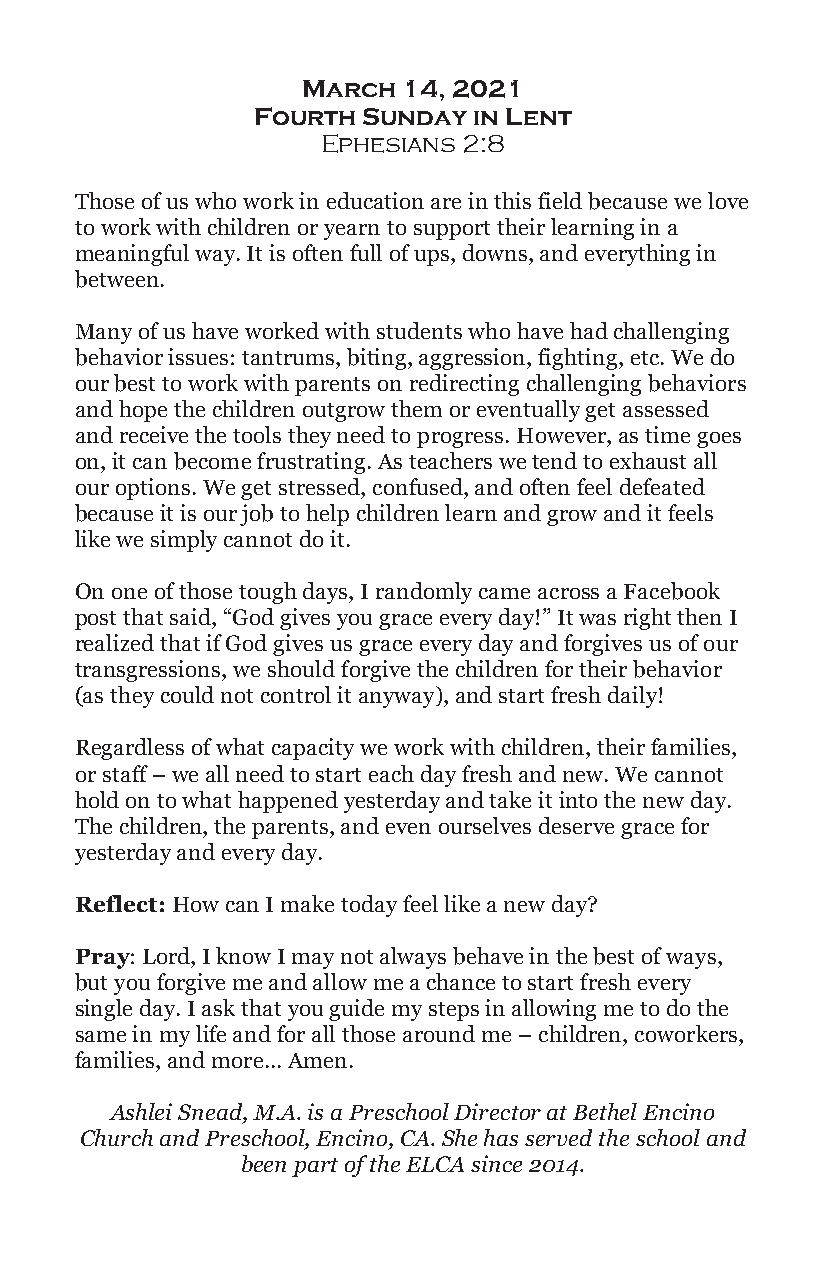
March  14, 2021
 Fourth Sunday in Lent
 Ephesians 2:8
 Those of us who work in education are in this field because we love
 to work with children or yearn to support their learning in a
 meaningful way. It is often full of ups, downs, and everything in
 between.
 Many of us have worked with students who have had challenging
 behavior issues: tantrums, biting, aggression, fighting, etc. We do
 our best to work with parents on redirecting challenging behaviors
 and hope the children outgrow them or eventually get assessed
 and receive the tools they need to progress. However, as time goes
 on, it can become frustrating. As teachers we tend to exhaust all
 our options. We get stressed, confused, and often feel defeated
 because it is our job to help children learn and grow and it feels
 like we simply cannot do it.
 On one of those tough days, I randomly came across a Facebook
 post that said, “God gives you grace every day!” It was right then I
 realized that if God gives us grace every day and forgives us of our
 transgressions, we should forgive the children for their behavior
 (as they could not control it anyway), and start fresh daily!
 Regardless of what capacity we work with children, their families,
 or staff – we all need to start each day fresh and new. We cannot
 hold on to what happened yesterday and take it into the new day.
 The children, the parents, and even ourselves deserve grace for
 yesterday and every day.
 Reflect: How can I make today feel like a new day?
 Pray: Lord, I know I may not always behave in the best of ways,
 but you forgive me and allow me a chance to start fresh every
 single day. I ask that you guide my steps in allowing me to do the
 same in my life and for all those around me – children, coworkers,
 families, and more... Amen.
 Ashlei Snead, M.A. is a Preschool Director at Bethel Encino
 Church and Preschool, Encino, CA. She has served the school and
 been part of the ELCA since 2014.